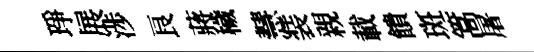
琤展渉良蔣穢慧装親載饋斑篙屠